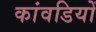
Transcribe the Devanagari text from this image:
कांवडियों